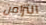
التزامن